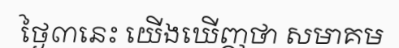
ថ្ងៃ៣នេះ យើងឃើញថា សមាគម